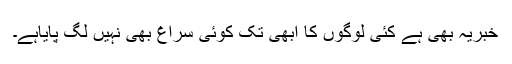
خبریہ بھی ہے کئی لوگوں کا ابھی تک کوئی سراغ بھی نہیں لگ پایاہے۔